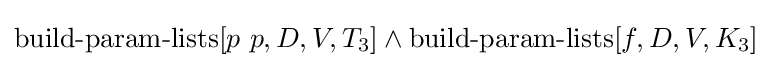
\operatorname {build-param-lists} [p\ p,D,V,T_{3}]\land \operatorname {build-param-lists} [f,D,V,K_{3}]